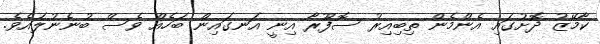
ކާމޭޒު ދޮށުގައި އެންމެން ތިބިއިރު ސޮފޫރާ އިނީ އަނގައިން ބަހެއް ވެސް ބުނެނުލައެވެ.